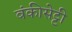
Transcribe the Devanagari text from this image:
बंकीसेट्टी